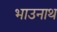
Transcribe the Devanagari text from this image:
भाउनाथ